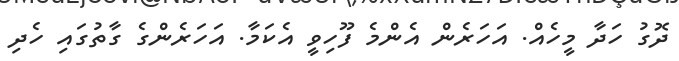
ދޮގު ހަދާ މީހެއް. އަހަރެން އެންމެ ފޫހިވީ އެކަމާ. އަހަރެންގެ ގާތުގައި ހެދި